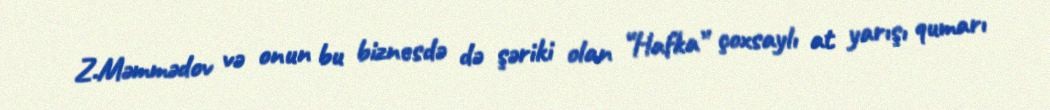
Z.Məmmədov və onun bu biznesdə də şəriki olan “Hafka” çoxsaylı at yarışı qumarı